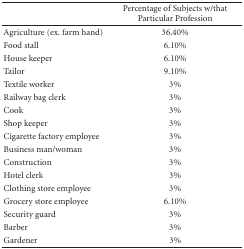
|  | Percentage of subjects w/that particular profession |
 | --- | --- |
 | Agriculture (ex. farm hand) | 36.40% |
 | Food stall | 6.10% |
 | House keeper | 6.10% |
 | Tailor | 9.10% |
 | Textile worker | 3% |
 | Railway bag clerk | 3% |
 | Cook | 3% |
 | Shop keeper | 3% |
 | Cigarette factory employee | 3% |
 | Business man/woman | 3% |
 | Construction | 3% |
 | Hotel clerk | 3% |
 | Clothing store employee | 3% |
 | Grocery store employee | 6.10% |
 | Security guard | 3% |
 | Barber | 3% |
 | Gardener | 3% |